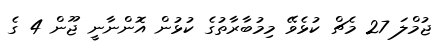
ޖުމްލަ 27 މެޗް ކުޅެވޭ މިމުބާރާތުގެ ކުޅުން އޮންނާނީ ޖޫން 4 ގެ